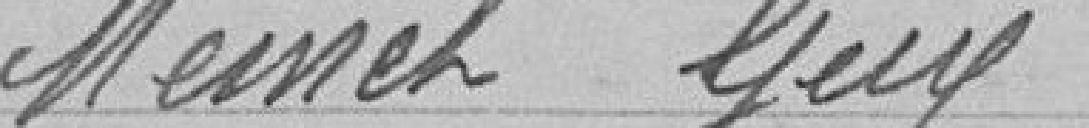
MEINET Guy